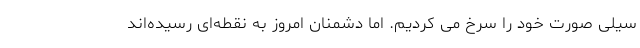
سیلی صورت خود را سرخ می کردیم. اما دشمنان امروز به نقطه‌ای رسیده‌اند